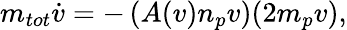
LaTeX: m_{tot}{\dot{v}}=-\left(A(v)n_{p}v\right)(2m_{p}v),